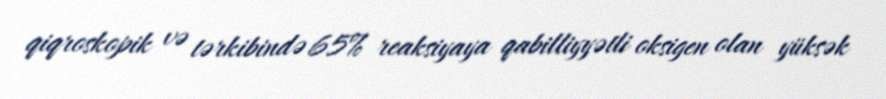
qiqroskopik və tərkibində 65% reaksiyaya qabilliyyətli oksigen olan yüksək